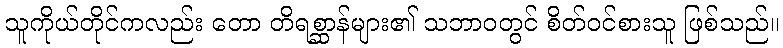
သူကိုယ်တိုင်ကလည်း တော တိရစ္ဆာန်များ၏ သဘာဝတွင် စိတ်ဝင်စားသူ ဖြစ်သည်။